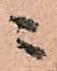
ニ